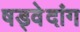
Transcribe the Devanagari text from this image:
षड्वेदांग